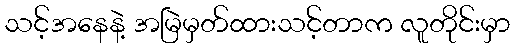
သင့်အနေနဲ့ အမြဲမှတ်ထားသင့်တာက လူတိုင်းမှာ